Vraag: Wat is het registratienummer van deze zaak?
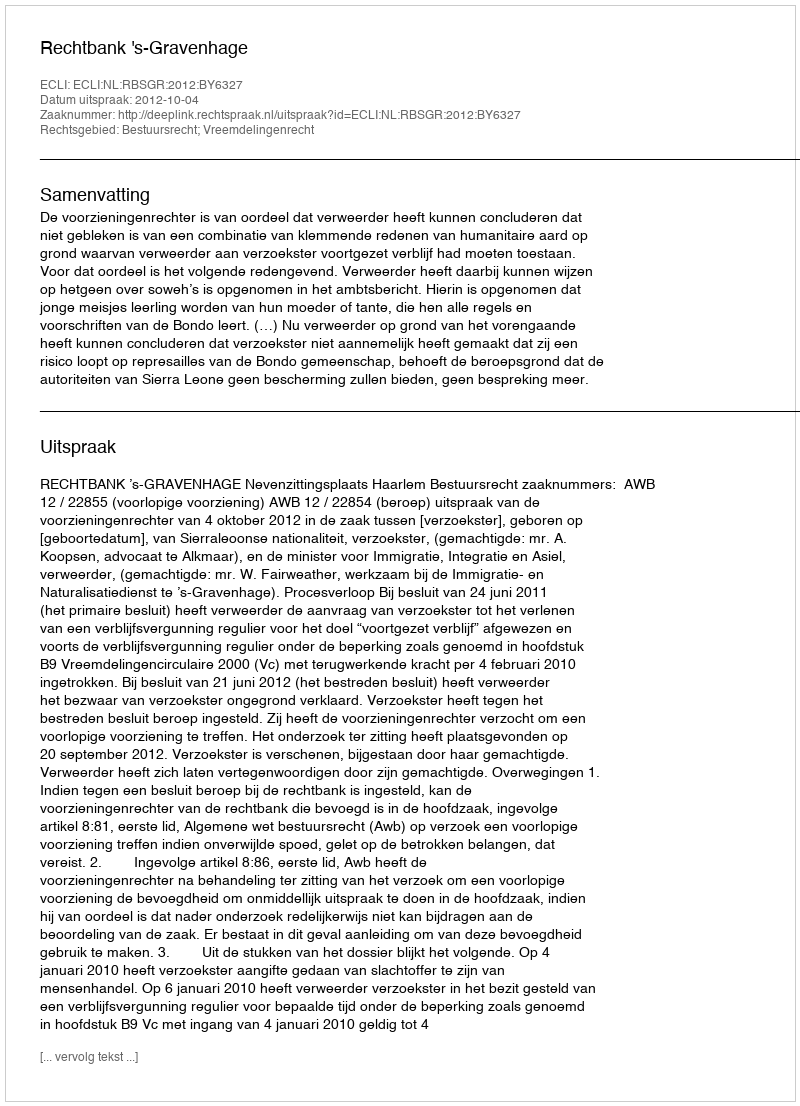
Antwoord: http://deeplink.rechtspraak.nl/uitspraak?id=ECLI:NL:RBSGR:2012:BY6327